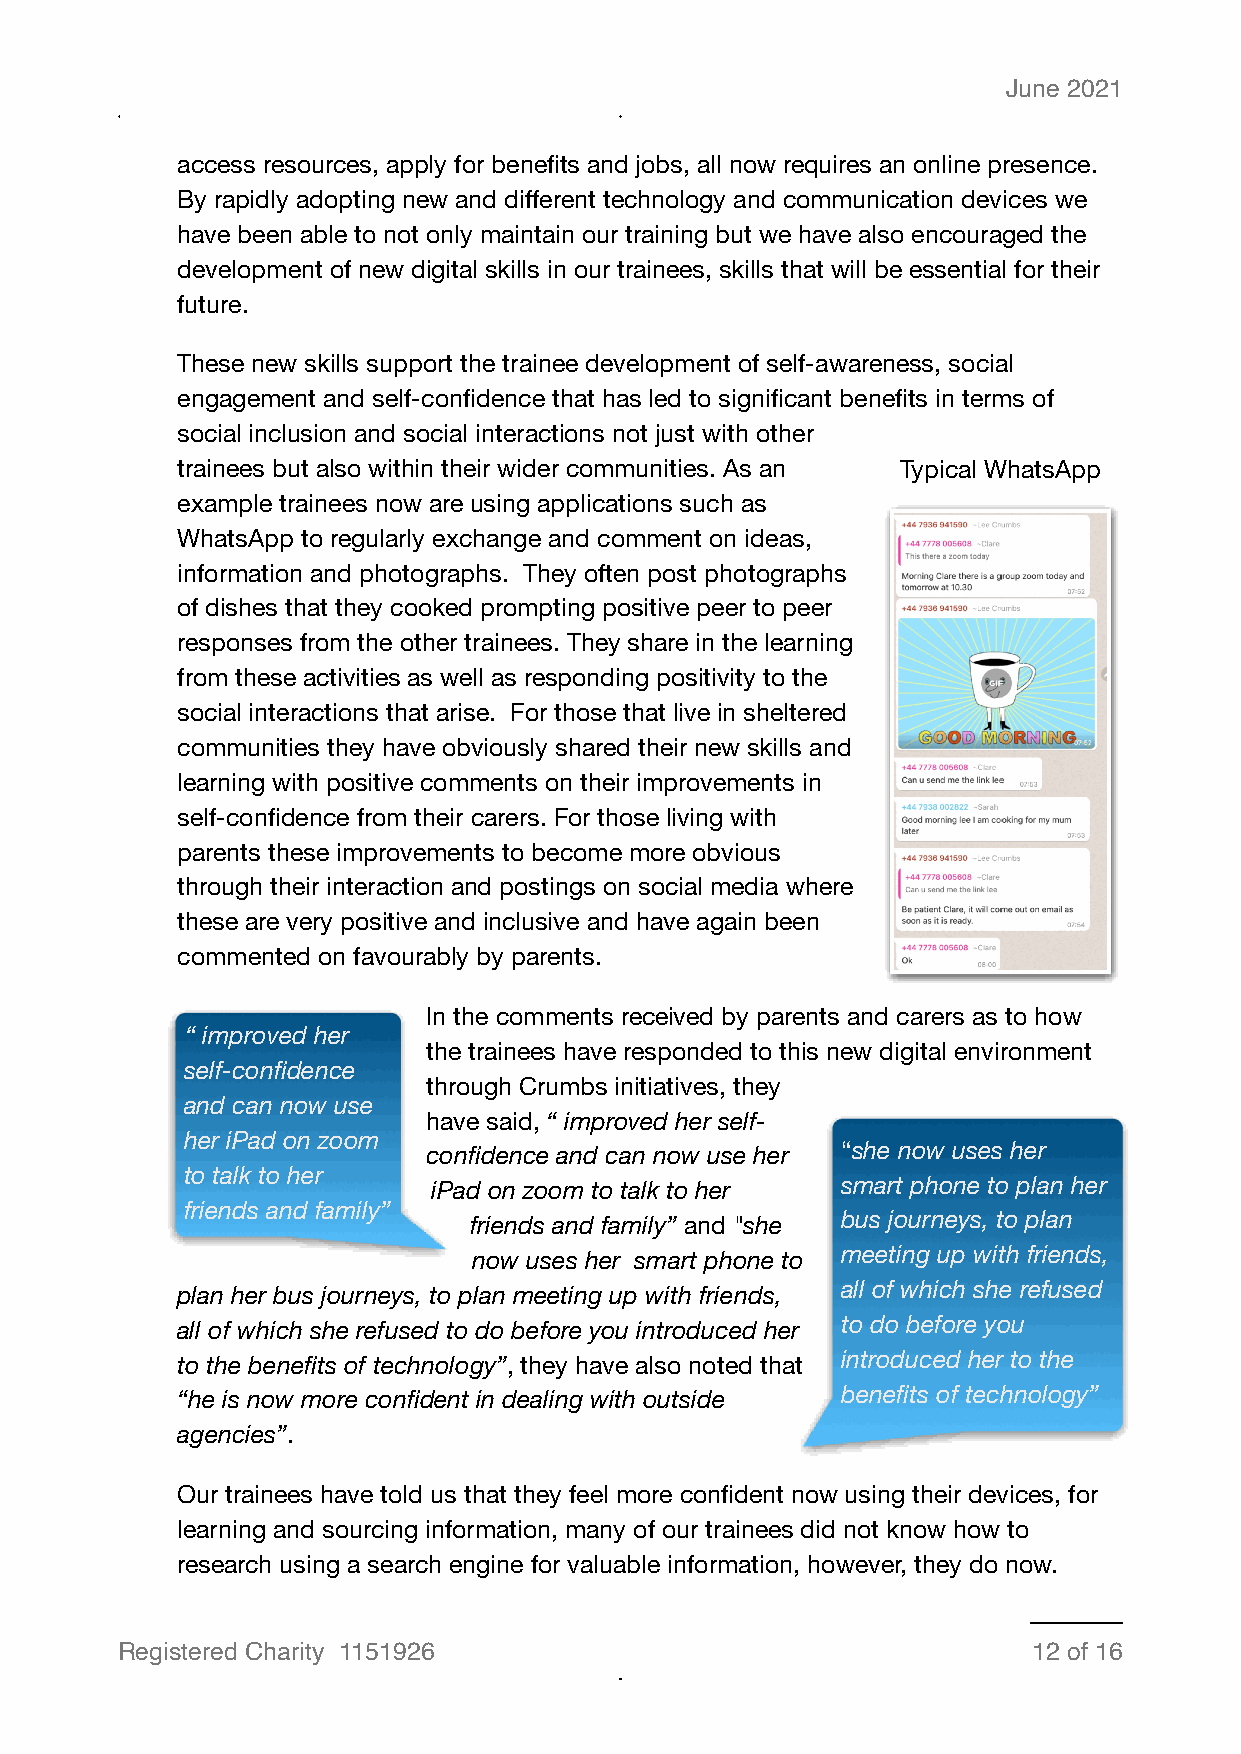
June 2021
 access resources, apply for benefits and jobs, all now requires an online presence.
 By rapidly adopting new and different technology and communication devices we
 have been able to not only maintain our training but we have also encouraged the
 development of new digital skills in our trainees, skills that will be essential for their
 future.
 These new skills support the trainee development of self-awareness, social
 engagement and self-confidence that has led to significant benefits in terms of
 social inclusion and social interactions not just with other
 trainees but also within their wider communities. As an Typical WhatsApp
 example trainees now are using applications such as
 WhatsApp to regularly exchange and comment on ideas,
 information and photographs. They often post photographs
 of dishes that they cooked prompting positive peer to peer
 responses from the other trainees. They share in the learning
 from these activities as well as responding positivity to the
 social interactions that arise. For those that live in sheltered
 communities they have obviously shared their new skills and
 learning with positive comments on their improvements in
 self-confidence from their carers. For those living with
 parents these improvements to become more obvious
 through their interaction and postings on social media where
 these are very positive and inclusive and have again been
 commented on favourably by parents.
 In the comments received by parents and carers as to how
 “ improved her
 the trainees have responded to this new digital environment
 self-confidence
 through Crumbs initiatives, they
 and can now use
 have said, “ improved her self-
 her iPad on zoom
 confidence and can now use her “she now uses her
 to talk to her
 iPad on zoom to talk to her smart phone to plan her
 friends and family”
 friends and family” and "she bus journeys, to plan
 now uses her smart phone to meeting up with friends,
 plan her bus journeys, to plan meeting up with friends, all of which she refused
 all of which she refused to do before you introduced her to do before you
 to the benefits of technology”, they have also noted that introduced her to the
 “he is now more confident in dealing with outside benefits of technology”
 agencies”.
 Our trainees have told us that they feel more confident now using their devices, for
 learning and sourcing information, many of our trainees did not know how to
 research using a search engine for valuable information, however, they do now.
 Registered Charity 1151926                                  12 of 16